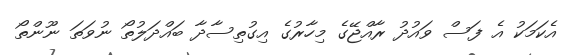
އެކަމަކު އެ ފަސް ވައުދު ރާއްޖޭގެ މިހާރުގެ އިގުތިސާދާ ބައްދަލުތޯ ނުވަތަ ނޫންތޯ